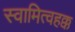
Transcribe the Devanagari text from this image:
स्वामित्वहक्क